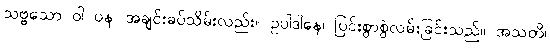
သဗ္ဗသော ဝါ ပန၊ အချင်းခပ်သိမ်းလည်း။ ဥပါဒါနေ၊ ပြင်းစွာစွဲလမ်းခြင်းသည်။ အသတိ၊